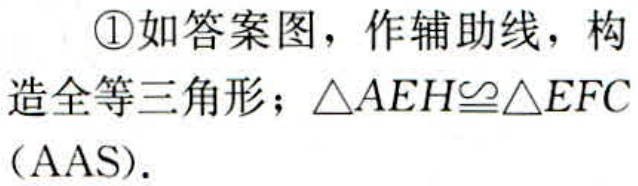
\textcircled{1}如答案图，作辅助线，构造全等三角形；\(\triangle AEH\cong\triangle EFC\)（AAS）.